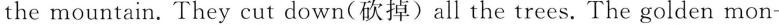
the mountain. They cut down(砍掉)all the trees.The golden mon-